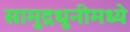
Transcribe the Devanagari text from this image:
सामुद्रधुनीमध्ये